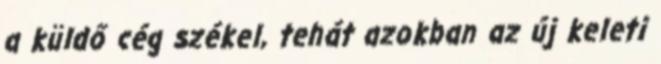
a küldő cég székel, tehát azokban az új keleti